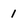
Character: 1